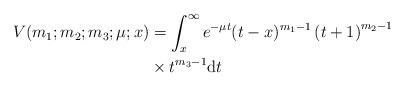
LaTeX: \begin{align*}V(m_1;m_2;m_3;\mu; x) & = \int_{x}^{\infty} e^{-\mu t}(t-x)^{m_1-1}\left( t+1\right)^{m_2-1} \\ &\times t^{m_3-1}{\rm d}t\end{align*}